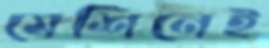
মেশিনেই